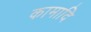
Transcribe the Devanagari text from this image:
कामादि